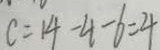
c = 1 4 - 4 - 6 = 4